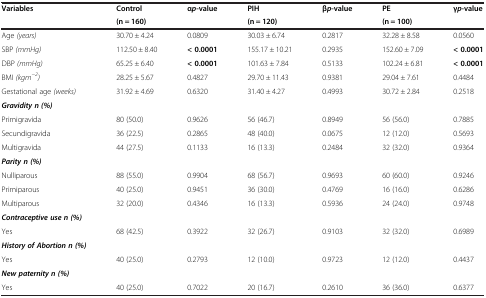
<table><thead><tr><td><b>Variables</b></td><td><b>Control</b></td><td><b>α<i>p</i>-value</b></td><td><b>PIH</b></td><td><b>β<i>p</i>-value</b></td><td><b>PE</b></td><td><b>γ<i>p</i>-value</b></td></tr><tr><td></td><td><b>(n = 160)</b></td><td></td><td><b>(n = 120)</b></td><td></td><td><b>(n = 100)</b></td><td></td></tr></thead><tbody><tr><td>Age <i>(years)</i></td><td>30.70 ± 4.24</td><td>0.0809</td><td>30.03 ± 6.74</td><td>0.2817</td><td>32.28 ± 8.58</td><td>0.0560</td></tr><tr><td>SBP <i>(mmHg)</i></td><td>112.50 ± 8.40</td><td><b>&lt; 0.0001</b></td><td>155.17 ± 10.21</td><td>0.2935</td><td>152.60 ± 7.09</td><td><b>&lt; 0.0001</b></td></tr><tr><td>DBP <i>(mmHg)</i></td><td>65.25 ± 6.40</td><td><b>&lt; 0.0001</b></td><td>101.63 ± 7.84</td><td>0.5133</td><td>102.24 ± 6.81</td><td><b>&lt; 0.0001</b></td></tr><tr><td>BMI <i>(kgm</i><sup><i>−2</i></sup><i>)</i></td><td>28.25 ± 5.67</td><td>0.4827</td><td>29.70 ± 11.43</td><td>0.9381</td><td>29.04 ± 7.61</td><td>0.4484</td></tr><tr><td>Gestational age <i>(weeks)</i></td><td>31.92 ± 4.69</td><td>0.6320</td><td>31.40 ± 4.27</td><td>0.4993</td><td>30.72 ± 2.84</td><td>0.2518</td></tr><tr><td><b><i>Gravidity n (%)</i></b></td><td></td><td></td><td></td><td></td><td></td><td></td></tr><tr><td>Primigravida</td><td>80 (50.0)</td><td>0.9626</td><td>56 (46.7)</td><td>0.8949</td><td>56 (56.0)</td><td>0.7885</td></tr><tr><td>Secundigravida</td><td>36 (22.5)</td><td>0.2865</td><td>48 (40.0)</td><td>0.0675</td><td>12 (12.0)</td><td>0.5693</td></tr><tr><td>Multigravida</td><td>44 (27.5)</td><td>0.1133</td><td>16 (13.3)</td><td>0.2484</td><td>32 (32.0)</td><td>0.9364</td></tr><tr><td><b><i>Parity n (%)</i></b></td><td></td><td></td><td></td><td></td><td></td><td></td></tr><tr><td>Nulliparous</td><td>88 (55.0)</td><td>0.9904</td><td>68 (56.7)</td><td>0.9693</td><td>60 (60.0)</td><td>0.9246</td></tr><tr><td>Primiparous</td><td>40 (25.0)</td><td>0.9451</td><td>36 (30.0)</td><td>0.4769</td><td>16 (16.0)</td><td>0.6286</td></tr><tr><td>Multiparous</td><td>32 (20.0)</td><td>0.4346</td><td>16 (13.3)</td><td>0.5936</td><td>24 (24.0)</td><td>0.9748</td></tr><tr><td><b><i>Contraceptive use n (%)</i></b></td><td></td><td></td><td></td><td></td><td></td><td></td></tr><tr><td>Yes</td><td>68 (42.5)</td><td>0.3922</td><td>32 (26.7)</td><td>0.9103</td><td>32 (32.0)</td><td>0.6989</td></tr><tr><td><b><i>History of Abortion n (%)</i></b></td><td></td><td></td><td></td><td></td><td></td><td></td></tr><tr><td>Yes</td><td>40 (25.0)</td><td>0.2793</td><td>12 (10.0)</td><td>0.9723</td><td>12 (12.0)</td><td>0.4437</td></tr><tr><td><b><i>New paternity n (%)</i></b></td><td></td><td></td><td></td><td></td><td></td><td></td></tr><tr><td>Yes</td><td>40 (25.0)</td><td>0.7022</td><td>20 (16.7)</td><td>0.2610</td><td>36 (36.0)</td><td>0.6377</td></tr></tbody></table>